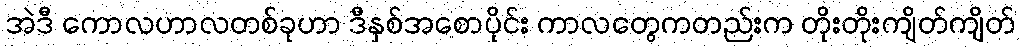
အဲဒီ ကောလဟာလတစ်ခုဟာ ဒီနှစ်အစောပိုင်း ကာလတွေကတည်းက တိုးတိုးကျိတ်ကျိတ်